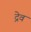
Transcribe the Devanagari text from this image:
द्रेव